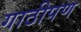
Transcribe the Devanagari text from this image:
गाठीपण